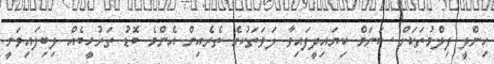
ހިންދީ ފިލްމުތަކަށް ސަނަމް ކިޔައިދީފައިވާ ލަވަތަކުގެ ތެރެއިން އެނެްމެ ބޮޑު ތަރުހީބެއް ލިބިފައިވަނީ